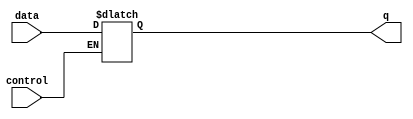
module latch (
    input data,
    input control,
    output reg q
);

always @(data or control) begin
    if (control == 1'b0) begin
        q <= data; // transparent state
    end else begin
        q <= q; // opaque state
    end
end

endmodule